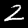
Label: 2